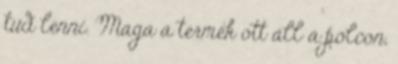
tud lenni. Maga a termék ott áll a polcon,